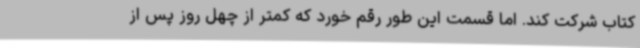
کتاب شرکت کند. اما قسمت این طور رقم خورد که کمتر از چهل روز پس از